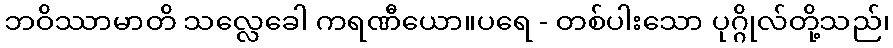
ဘဝိဿာမာတိ သလ္လေခေါ ကရဏီယော။ပရေ - တစ်ပါးသော ပုဂ္ဂိုလ်တို့သည်၊